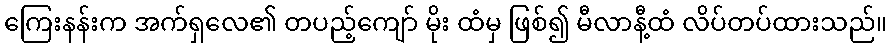
ကြေးနန်းက အက်ရှလေ၏ တပည့်ကျော် မိုး ထံမှ ဖြစ်၍ မီလာနီ့ထံ လိပ်တပ်ထားသည်။